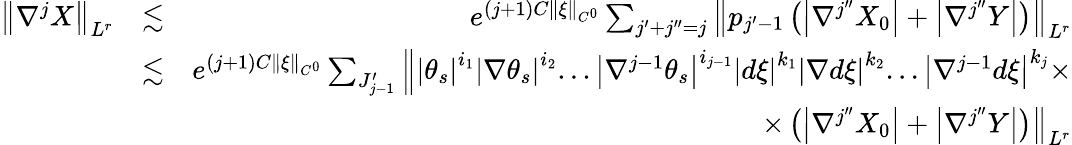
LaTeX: \begin{array}{rlr}{\left\Vert\nabla^{j}X\right\Vert_{L^{r}}}&{\lesssim}&{e^{\left(j+1\right)C\left\Vert\xi\right\Vert_{C^{0}}}\sum_{j^{\prime}+j^{\prime\prime}=j}\left\Vert p_{j^{\prime}-1}\left(\left\vert\nabla^{j^{\prime\prime}}X_{0}\right\vert+\left\vert\nabla^{j^{\prime\prime}}Y\right\vert\right)\right\Vert_{L^{r}}}\\ &{\lesssim}&{e^{\left(j+1\right)C\left\Vert\xi\right\Vert_{C^{0}}}\sum_{J_{j-1}^{\prime}}\left\Vert\left\vert\theta_{s}\right\vert^{i_{1}}\left\vert\nabla\theta_{s}\right\vert^{i_{2}}...\left\vert\nabla^{j-1}\theta_{s}\right\vert^{i_{j-1}}\left\vert d\xi\right\vert^{k_{1}}\left\vert\nabla d\xi\right\vert^{k_{2}}...\left\vert\nabla^{j-1}d\xi\right\vert^{k_{j}}\times\right.}\\ &{}&{\left.\times\left(\left\vert\nabla^{j^{\prime\prime}}X_{0}\right\vert+\left\vert\nabla^{j^{\prime\prime}}Y\right\vert\right)\right\Vert_{L^{r}}}\end{array}